Scientific memoirs by medical officers of the Army of India - Part II,
Year: 1886
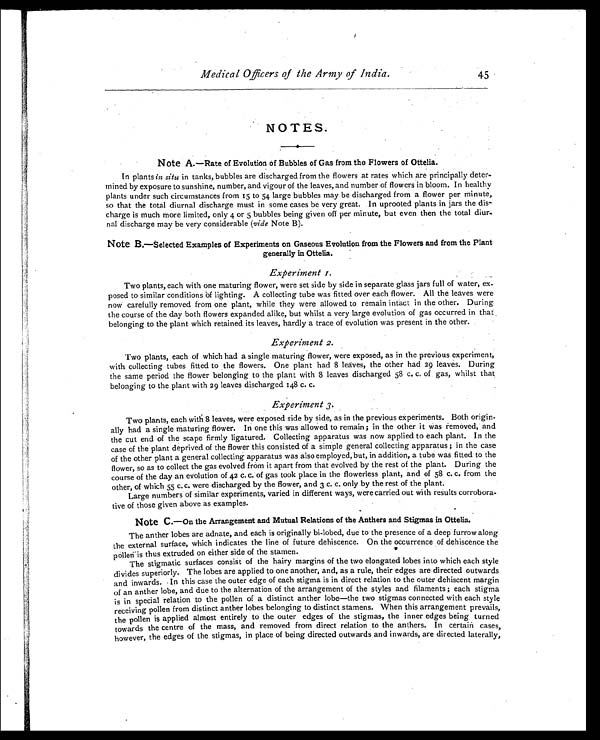
Medical Officers of the Army of India.
45
NOTES.
Note A.—Rate of Evolution of Bubbles of Gas from the Flowers of Ottelia.
In plants in situ in tanks, bubbles are discharged from the flowers at rates which are principally deter-
mined by exposure to sunshine, number, and vigour of the leaves, and number of flowers in bloom. In healthy
plants under such circumstances from 15 to 54 large bubbles may be discharged from a flower per minute,
so that the total diurnal discharge must in some cases be very great. In uprooted plants in jars the dis-
charge is much more limited, only 4 or 5 bubbles being given off per minute, but even then the total diur.
nal discharge may be very considerable (vide Note B).
Note B.—Selected Examples of Experiments on Gaseous Evolution from the Flowers and from the Plant
generally in Ottelia.
Experiment I.
Two plants, each with one maturing flower, were set side by side in separate glass jars full of water, ex-
posed to similar conditions of lighting. A collecting tube was fitted over each flower. All the leaves were
now carefully removed from one plant, while they were allowed to remain intact in the other. During
the course of the day both flowers expanded alike, but whilst a very large evolution of gas occurred in that
belonging to the plant which retained its leaves, hardly a trace of evolution was present in the other.
Experiment 2.
Two plants, each of which had a single maturing flower, were exposed, as in the previous experiment,
with collecting tubes fitted to the flowers. One plant had 8 leaves, the other had 29 leaves. During
the same period the flower belonging to the plant with 8 leaves discharged 58 c. c. of gas, whilst that
belonging to the plant with 29 leaves discharged 148 c. c.
Experiment 3.
Two plants, each with 8 leaves, were exposed side by side, as in the previous experiments. Both origin.
ally had a single maturing flower. In one this was allowed to remain; in the other it was removed, and
the cut end of the scape firmly ligatured. Collecting apparatus was now applied to each plant. In the
case of the plant deprived of the flower this consisted of a simple general collecting apparatus; in the case
of the other plant a general collecting apparatus was also employed, but, in addition, a tube was fitted to the
flower, so as to collect the gas evolved from it apart from that evolved by the rest of the plant. During the
course of the day an evolution of 42 C. C. of gas took place in the flowerless plant, and of 58 c. c. from the
other, of which 55 c. c. were discharged by the flower, and 3 c. c. only by the rest of the plant.
Large numbers of similar experiments, varied in different ways, were carried out with results corrobora-
tive of those given above as examples.
Note C.—On the Arrangement and Mutual Relations of the Anthers and Stigmas in Ottelia.
The anther lobes are adnate, and each is originally bi-lobed, due to the presence of a deep furrow along
the external surface, which indicates the line of future dehiscence. On the occurrence of dehiscence the
pollen' is thus extruded on either side of the stamen.
The stigmatic surfaces consist of the hairy margins of the two elongated lobes into which each style
divides superiorly. The lobes are applied to one another, and, as a rule, their edges are directed outwards
and inwards. In this case the outer edge of each stigma is in direct relation to the outer dehiscent margin
of an anther lobe, and due to the alternation of the arrangement of the styles and filaments; each stigma
is in special relation to the pollen of a distinct anther lobe—the two stigmas connected with each style
receiving pollen from distinct anther lobes belonging to distinct stamens. When this arrangement prevails,
the pollen is applied almost entirely to the outer edges of the stigmas, the inner edges being turned
towards the centre of the mass, and removed from direct relation to the anthers. In certain cases,
however, the edges of the stigmas, in place of being directed outwards and inwards, are directed laterally,